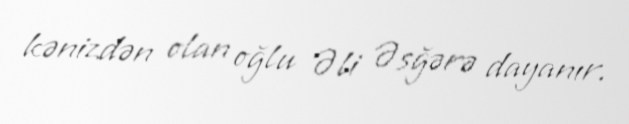
kənizdən olan oğlu Əli Əsğərə dayanır.